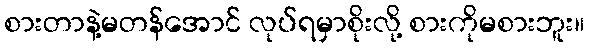
စားတာနဲ့မတန်အောင် လုပ်ရမှာစိုးလို့ စားကိုမစားဘူး။